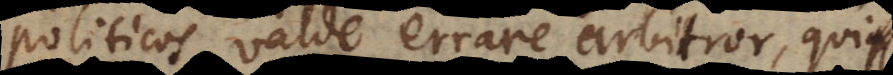
politicos valde errare arbitror, qui